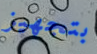
بتجهيز